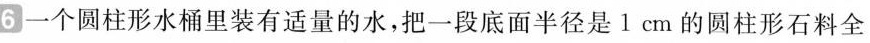
6一个圆柱形水桶里装有适量的水，把一段底面半径是1cm的圆柱形石料全